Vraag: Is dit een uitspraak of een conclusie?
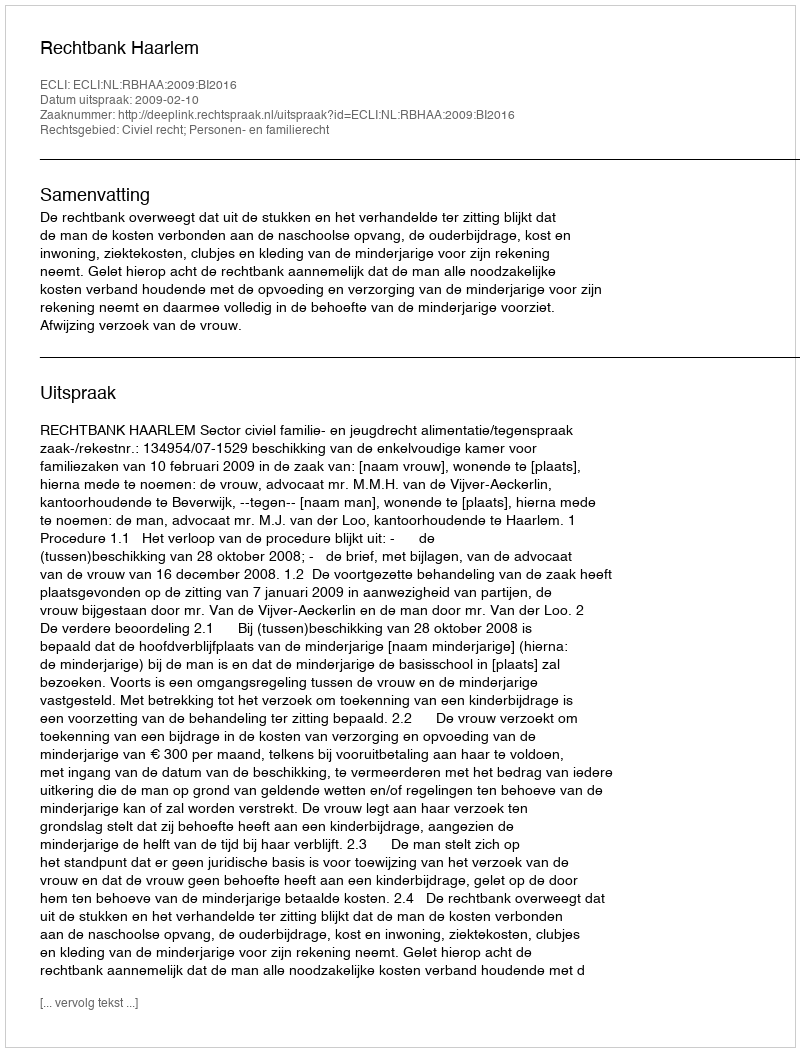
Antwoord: Uitspraak